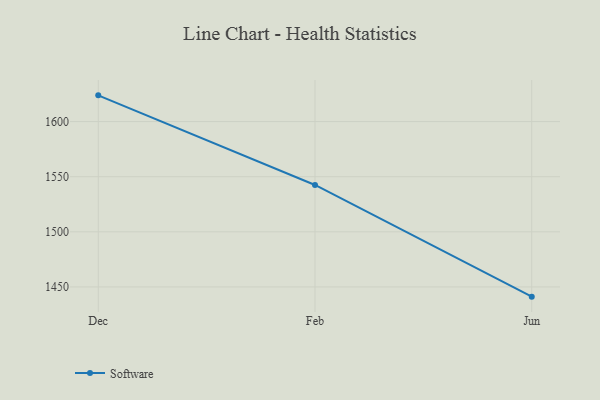
{"axis": {"x": "Month", "y": "Conversion Rate (%)"}, "legend": ["Software"], "data": [{"x": "Dec", "y": 1623.8, "type": "Software"}, {"x": "Feb", "y": 1542.5, "type": "Software"}, {"x": "Jun", "y": 1441.2, "type": "Software"}]}